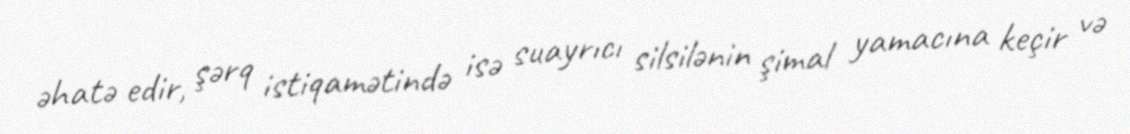
əhatə edir, şərq istiqamətində isə suayrıcı silsilənin şimal yamacına keçir və